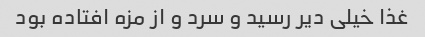
غذا خیلی دیر رسید و سرد و از مزه افتاده بود